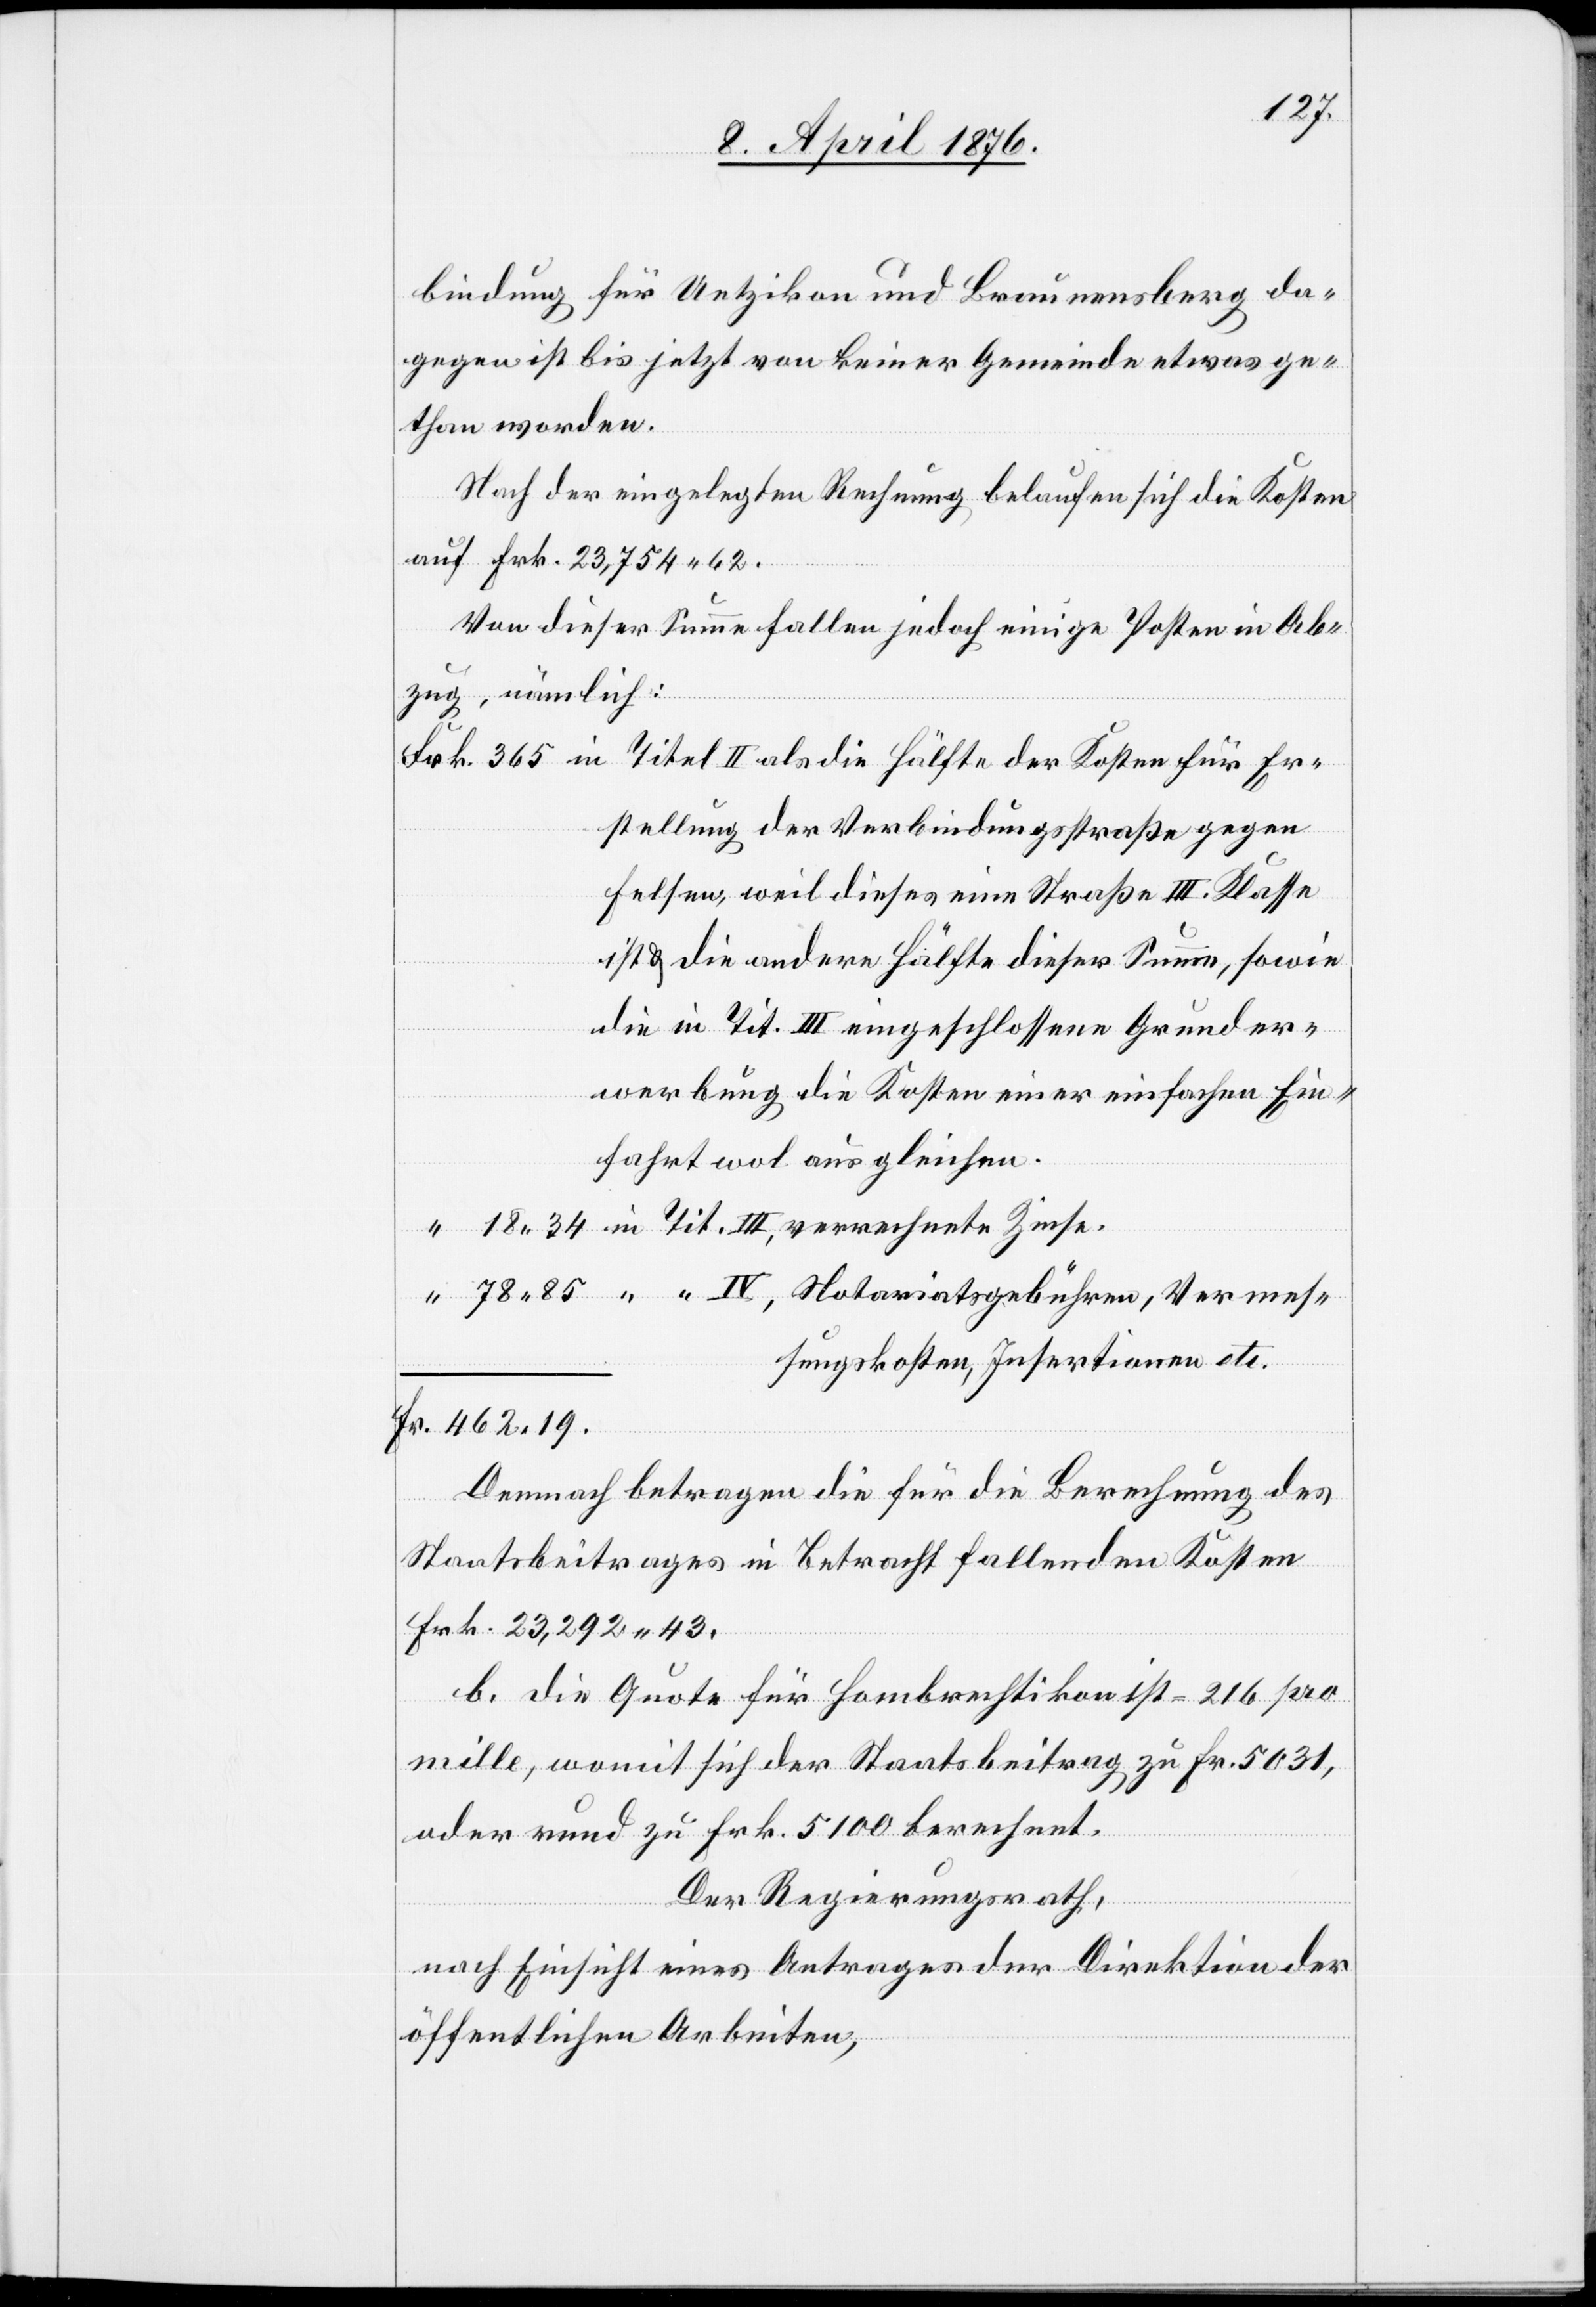
19.
bindung für Uetzikon und Braunensberg da¬
gegen ist bis jetzt von keiner Gemeinde etwas ge¬
than worden.
Nach der eingelegten Rechnung belaufen sich die Kosten
auf Frk. 23,754 62.
Tit.
Von dieser Summe fallen jedoch einige Posten in Ab¬
zug, nämlich:
stellung der Verbindungsstraße gegen
Felsen, weil dieses eine Straße III. Klasse
ist & die andere Hälfte dieser Summe, sowie
die in Tit. III eingeschlossene Grunder¬
werbung die Kosten einer einfachen Ein¬
fahrt wol ausgleichen.
“ “ IV, Notariatsgebühren, Verrec¬
hnungskosten, Insertionen etc.
“
Demnach betragen die für die Berechnung des
nete
Zinse.
Staatsbeitrages in Betracht fallenden Kosten
Frk. 23,292 43.
b. die Quote für Hombrechtikon ist = 216 pro
mille, womit sich der Staatsbeitrag zu Fr. 5031,
oder rund zu Frk. 5100 berechnet.
Der Regierungsrath,
Fr.
nach Einsicht eines Antrages der Direktion der
öffentlichen Arbeiten,